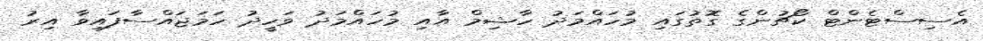
އެސިސްޓެންޓް ކޯޗުންގެ ގޮތުގައި މުހައްމަދު ހާޝިމް އާއި މުހައްމަދު ވަހީދު ހަމަޖައްސާފައިވާ އިރު